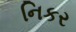
નિકર